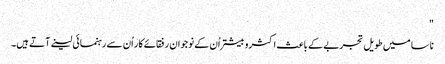
"
ناسا میں طویل تجربے کے باعث اکثروبیشتر اُن کے نوجوان رفقائے کار اُن سے رہنمائی لینے آتے ہیں۔